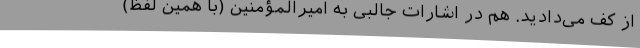
از کف می‌دادید. هم در اشارات جالبی به امیر‌المؤمنین (با همین لفظ)